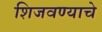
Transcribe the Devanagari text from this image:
शिजवण्याचे